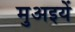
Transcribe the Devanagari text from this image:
मुअइयें